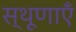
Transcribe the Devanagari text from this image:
स्थूणाएँ